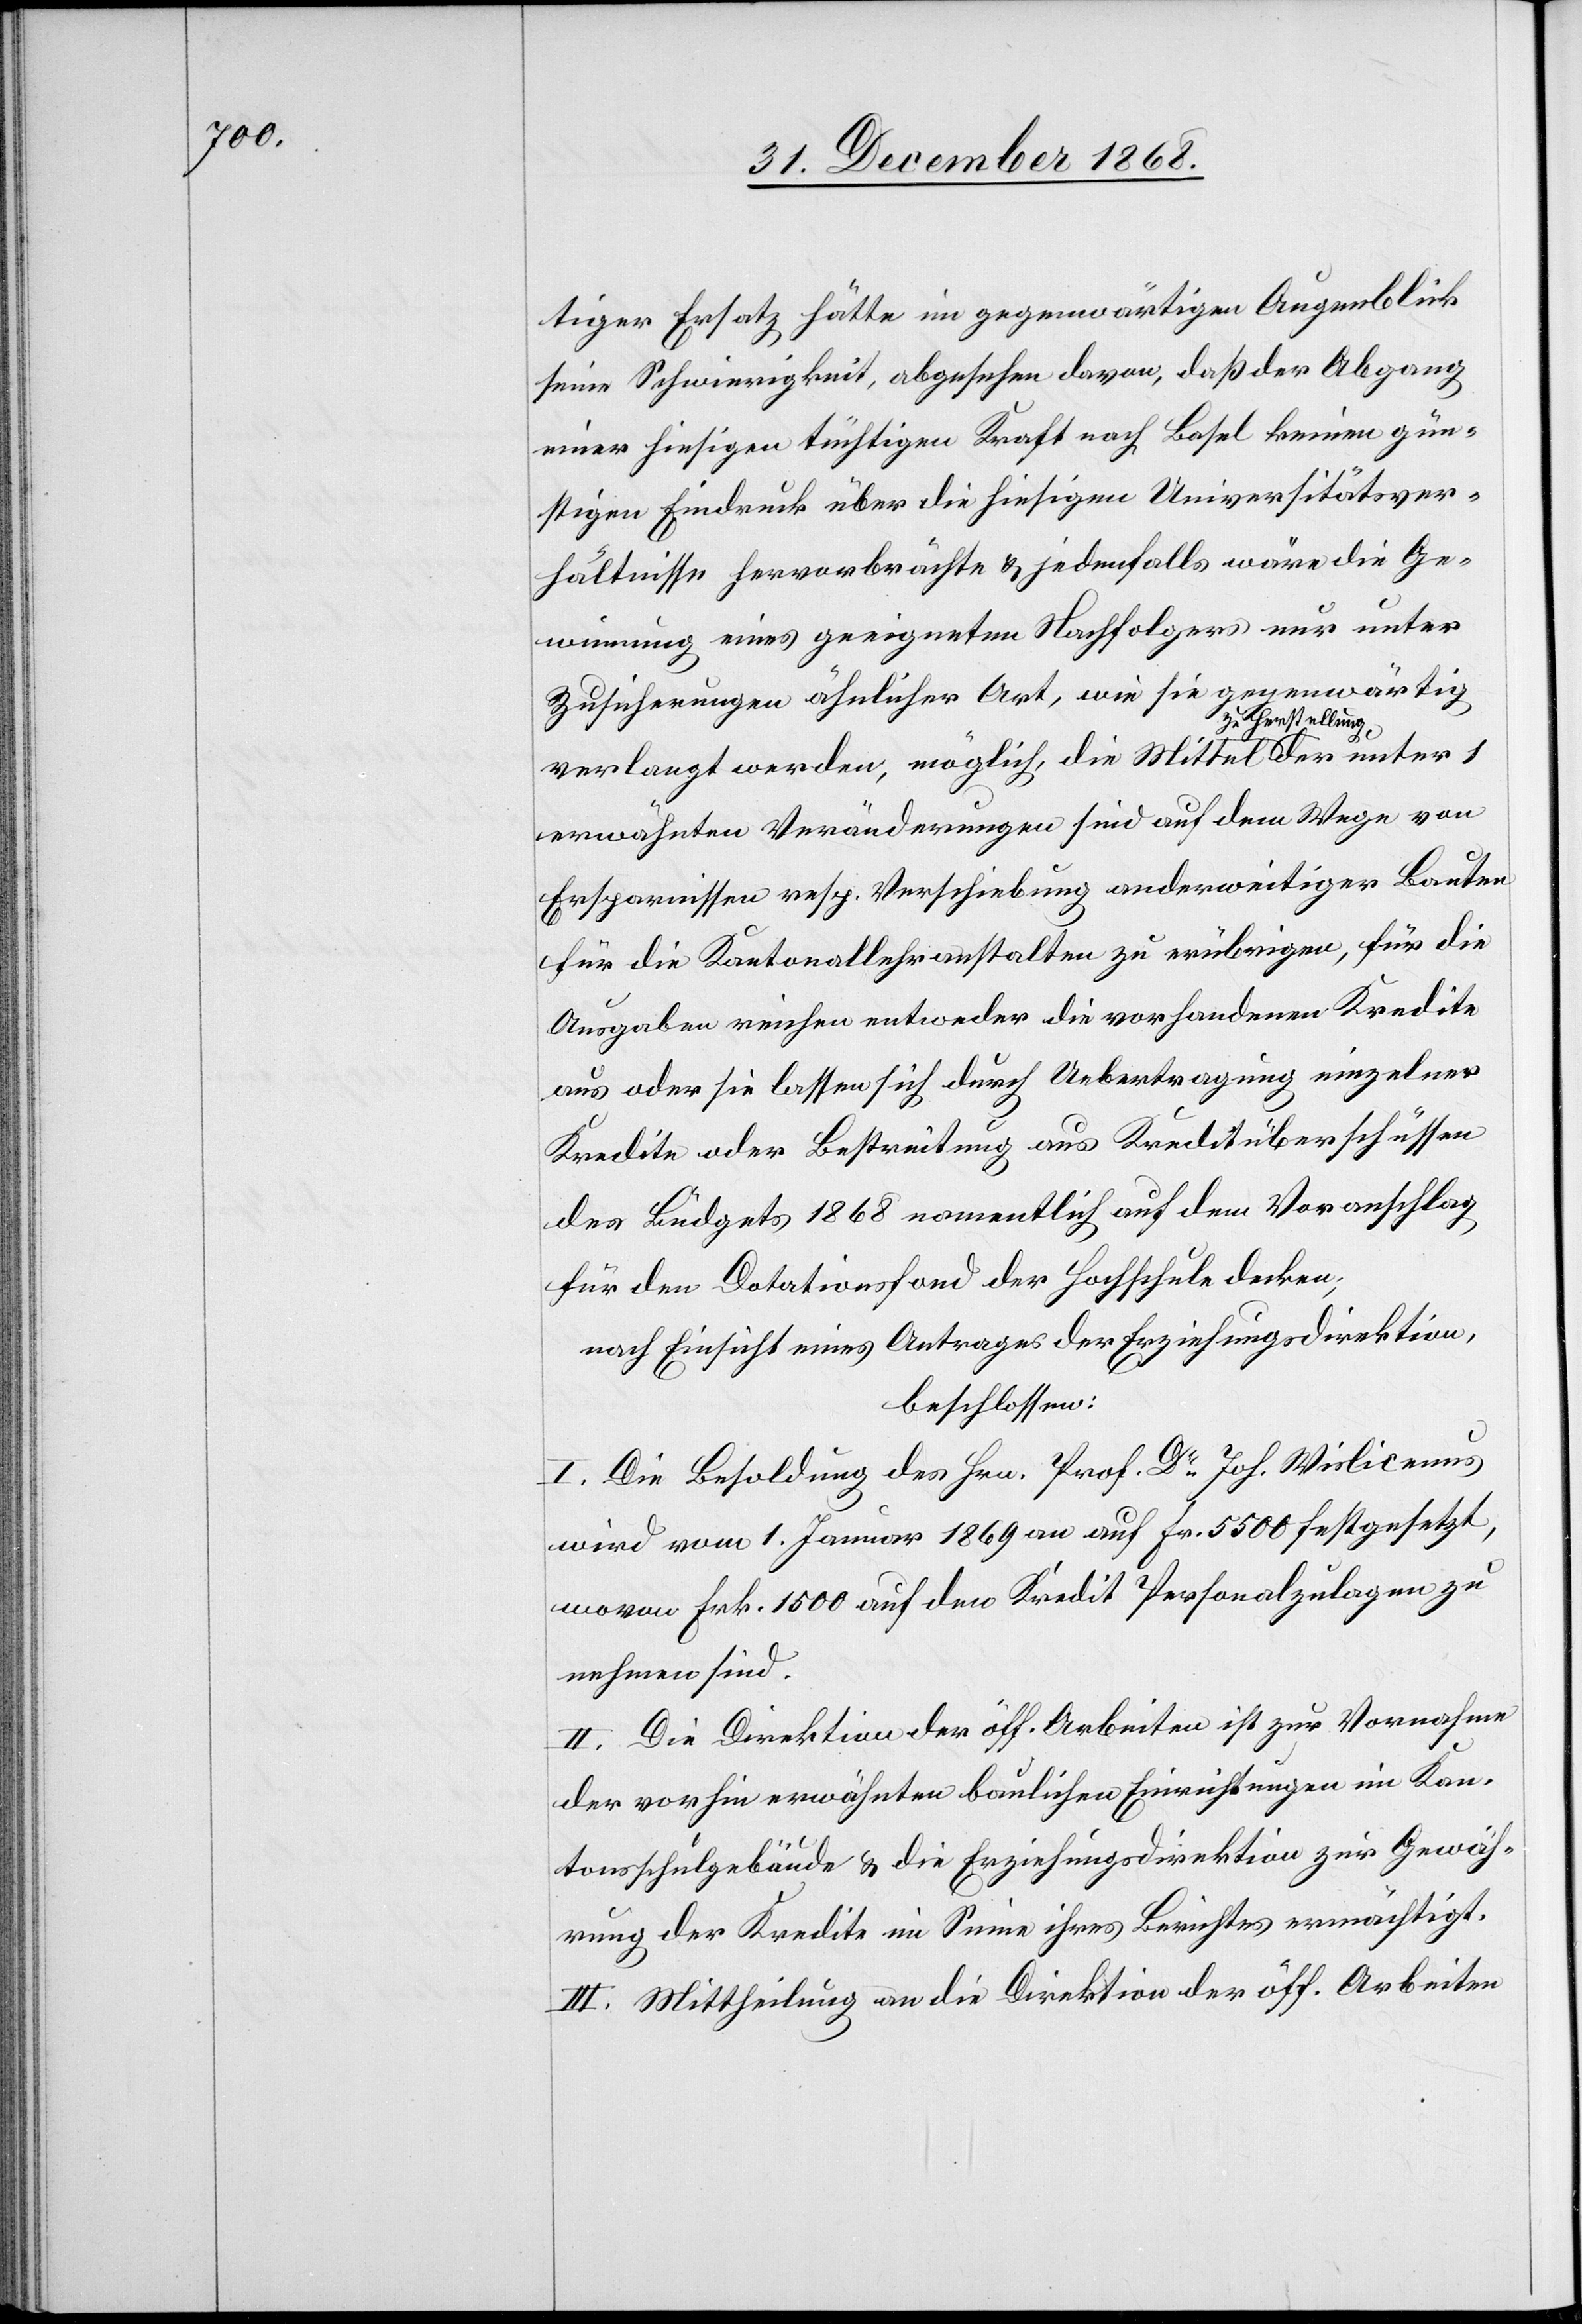
tiger Ersatz hätte im gegenwärtigen Augenblick
seine Schwierigkeit, abgesehen davon, daß der Abgang
einer hiesigen tüchtigen Kraft nach Basel keinen gün¬
stigen Eindruck über die hiesigen Universitätsver¬
hältnisse hervorbrächte & jedenfalls wäre die Ge¬
winnung eines geeigneten Nachfolgers nur unter
Zusicherungen ähnlicher Art, wie sie gegenwärtig
unter
der
verlangt werden, möglich, die Mittel zu Herst¬
erwähnten Veränderungen sind auf dem Wege von
Ersparnissen resp. Verschiebung anderweitiger Bauten
für die Kantonallehranstalten zu erübrigen, für die
Ausgaben reichen entweder die vorhandenen Kredite
aus oder sie lassen sich durch Uebertragung einzelner
Kredite oder Bestreitung aus Kreditüberschüssen
des Büdgets 1868 namentlich auf dem Voranschlag
für den Dotationsfond der Hochschule decken;
nach Einsicht eines Antrages der Erziehungsdirektion,
beschlossen:
I. Die Besoldung des Hrn. Prof. Dr. Joh. Wislicenus
wird vom 1. Januar 1869 an auf Fr. 5500 festgesetzt,
wovon Frk. 1500 auf den Kredit Personalzulagen zu
nehmen sind.
II. Die Direktion der öff. Arbeiten ist zur Vornahme
der vorhin erwähnten baulichen Einrichtungen im Kan¬
tonsschulgebäude & die Erziehungsdirektion zur Gewäh¬
rung der Kredite im Sinne ihres Berichtes ermächtigt.
III. Mittheilung an die Direktion der öff. Arbeiten